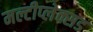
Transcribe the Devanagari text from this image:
मल्टीप्लेक्सड